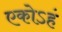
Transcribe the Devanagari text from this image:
एकोऽहं